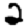
Digit: 2